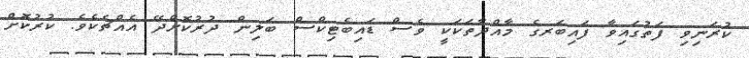
ކުރަނިވި ފަތުގައިވާ ފައިބަރގެ މާއްދާތަކަކީ ވެސް ޑައިބެޓިކްސް ބަލިން ދުރުކޮށްދޭ އެއްޗެކެވެ. ކުރުކޮށް